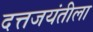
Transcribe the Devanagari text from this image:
दत्तजयंतीला